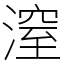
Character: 潌